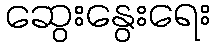
ဆွေးနွေးရေး